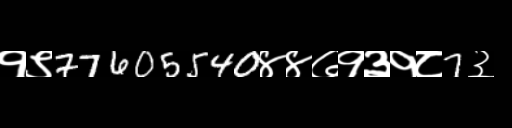
Text: १९77605540४४७१३१८7३